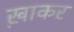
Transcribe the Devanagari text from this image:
ख़ाकर